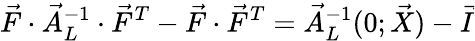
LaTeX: \vec{F}\cdot\vec{A}_{L}^{-1}\cdot\vec{F}^{T}-\vec{F}\cdot\vec{F}^{T}=\vec{A}_{L}^{-1}(0;\vec{X})-\vec{I}